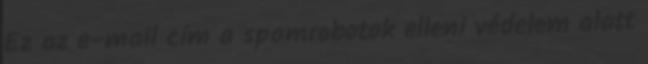
Ez az e-mail cím a spamrobotok elleni védelem alatt